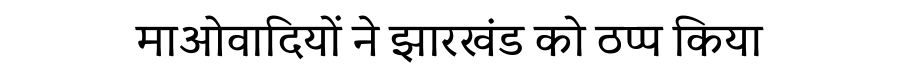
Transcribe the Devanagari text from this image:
माओवादियों ने झारखंड को ठप्प किया